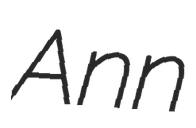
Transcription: Ann